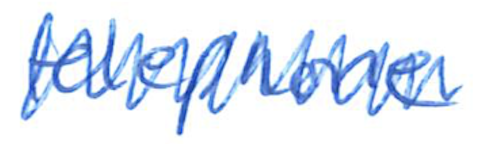
Text: telephone
Cross-out: zig-zag
Writing tool: ballpoint